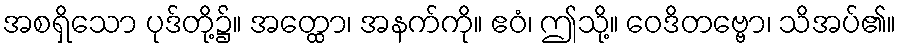
အစရှိသော ပုဒ်တို့၌။ အတ္ထော၊ အနက်ကို။ ဧဝံ၊ ဤသို့။ ဝေဒိတဗ္ဗော၊ သိအပ်၏။